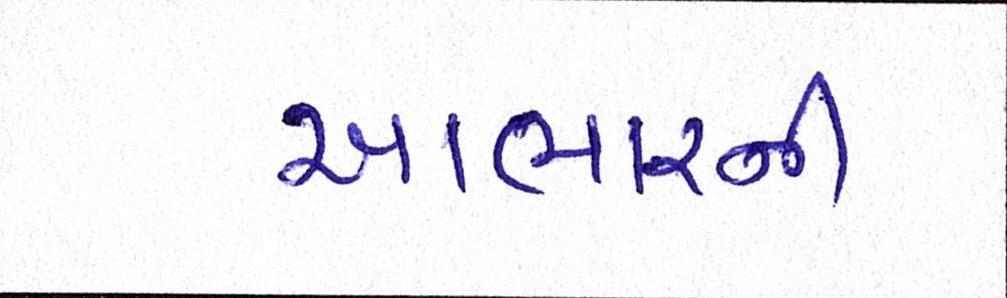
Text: આભારની